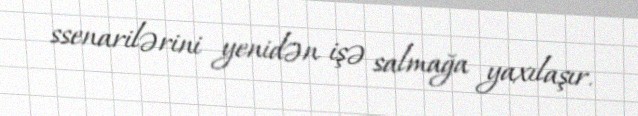
ssenarilərini yenidən işə salmağa yaxılaşır.